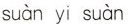
suàn yi suàn